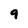
Character: 9